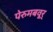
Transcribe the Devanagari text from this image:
पेरुमबवूर्